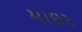
માઇર